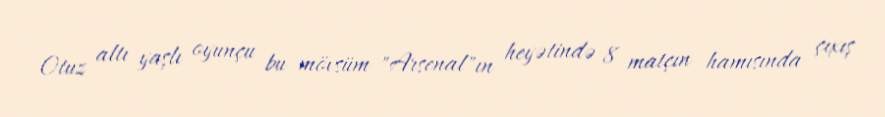
Otuz altı yaşlı oyunçu bu mövsüm "Arsenal"ın heyətində 8 matçın hamısında çıxış